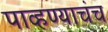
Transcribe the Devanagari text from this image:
पाव्हण्याचंच